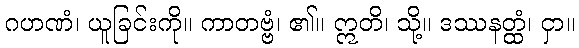
ဂဟဏံ၊ ယူခြင်းကို။ ကာတဗ္ဗံ၊ ၏။ ဣတိ၊ သို့။ ဒဿနတ္ထံ၊ ငှာ။